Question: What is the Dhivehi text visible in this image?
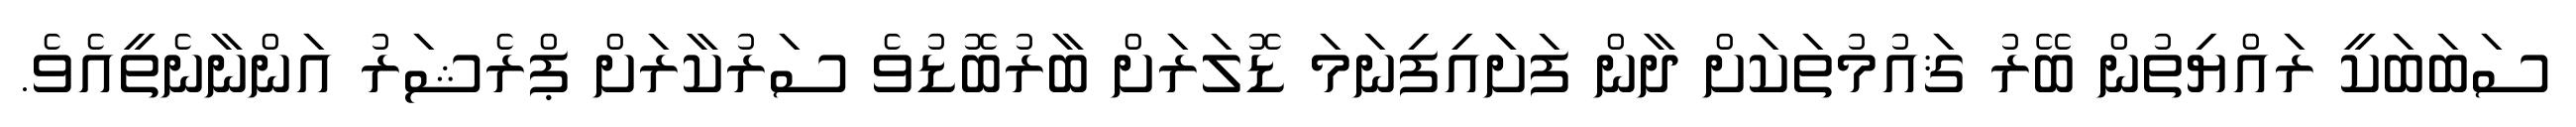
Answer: ސަބަބަކީ ރައްޔިތުން ބޭރު ޤައުމުތަކަށް ދާން ފަށަައިފިނަމަ ޑޮލަރަށް ބާރުބޮޑުވެ ސަރުކާރަށް ޕްރެޝަރު އަންނާނެތީއެވެ.